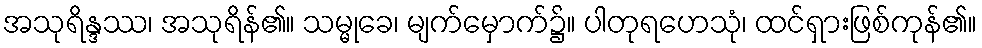
အသုရိန္ဒဿ၊ အသုရိန်၏။ သမ္မုခေ၊ မျက်မှောက်၌။ ပါတုရဟေသုံ၊ ထင်ရှားဖြစ်ကုန်၏။